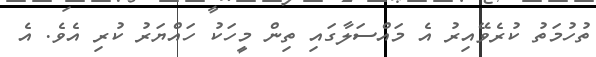
ތުހުމަތު ކުރެވޭއިރު އެ މައްސަލާގައި ތިން މީހަކު ހައްޔަރު ކުރި އެވެ. އެ